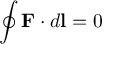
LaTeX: \oint \mathbf { F } \cdot d \mathbf { l } = 0